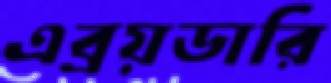
এব্রয়ডারি